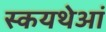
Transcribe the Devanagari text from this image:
स्कयथेआं